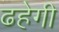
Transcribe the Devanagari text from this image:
ढहेगी